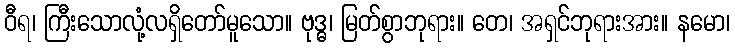
ဝီရ၊ ကြီးသောလုံ့လရှိတော်မူသော။ ဗုဒ္ဓ၊ မြတ်စွာဘုရား။ တေ၊ အရှင်ဘုရားအား။ နမော၊